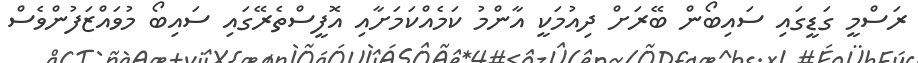
ރަސްމީ ގަޑީގައި ސައިބޯން ބޭރަށް ދިއުމަކީ އާންމު ކަމެއްކަމަށާއި އޮފީސްތެރޭގައި ސައިބޯ މުވައްޒަފުންވެސް